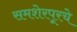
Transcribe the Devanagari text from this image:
समशेरपूरचे